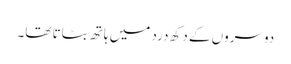
دوسروں کے دکھ درد میں ہاتھ بٹاتا تھا۔